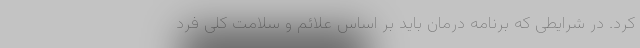
کرد. در شرایطی که برنامه درمان باید بر اساس علائم و سلامت کلی فرد